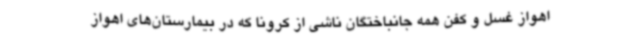
اهواز غسل و کفن همه جانباختگان ناشی از کرونا که در بیمارستان‌های اهواز